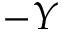
- Y